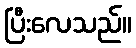
ပြီးလေသည်။